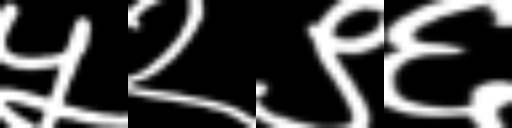
Text: ५२९६